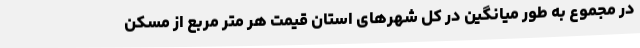
در مجموع به طور میانگین در کل شهرهای استان قیمت هر متر مربع از مسکن